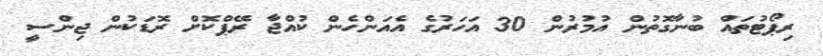
ރިޕޯޓުތައް ބުނާގޮތުން އުމުރުން 30 އަހަރުގެ އެއަންހެން ކުއްޖާ ރޭޕްކޮށް ރޮޑަކުން ޖިންސީ